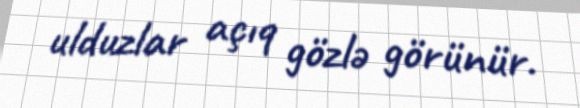
ulduzlar açıq gözlə görünür.